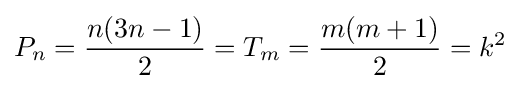
P_{n}={\frac {n(3n-1)}{2}}=T_{m}={\frac {m(m+1)}{2}}=k^{2}